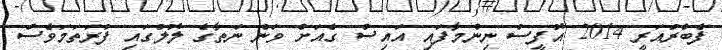
ފެބްރުއަރީ 2014 އޮފީސް ނިންމާފައި އައިސް ގެއަށް ވަން ނަތާގެ ލޮލުގައި ފުރަތަމަވެސް